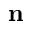
\mathbf { n }